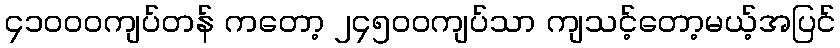
၄၁၀၀၀ကျပ်တန် ကတော့ ၂၄၅၀၀ကျပ်သာ ကျသင့်တော့မယ့်အပြင်